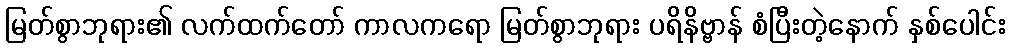
မြတ်စွာဘုရား၏ လက်ထက်တော် ကာလကရော မြတ်စွာဘုရား ပရိနိဗ္ဗာန် စံပြီးတဲ့နောက် နှစ်ပေါင်း